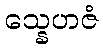
သ္နေဟဇံ